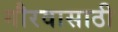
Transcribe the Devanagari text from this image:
गौरवासाठी